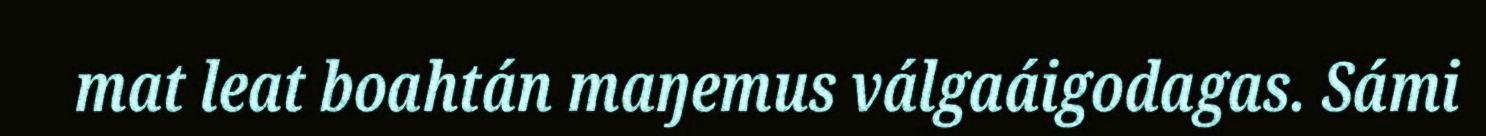
mat leat boahtán maŋemus válgaáigodagas. Sámi